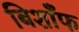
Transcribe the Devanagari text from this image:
बिशाँफ